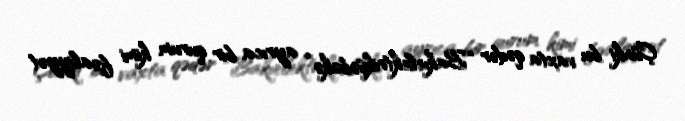
Çünki bu vaxta qədər “Bakıelektrikşəbəkə” ayrıca bir qurum kimi fəaliyyət